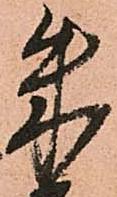
朱